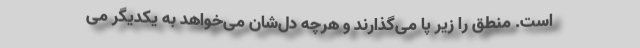
است. منطق را زیر پا می‌گذارند و هرچه دل‌شان می‌خواهد به یکدیگر می